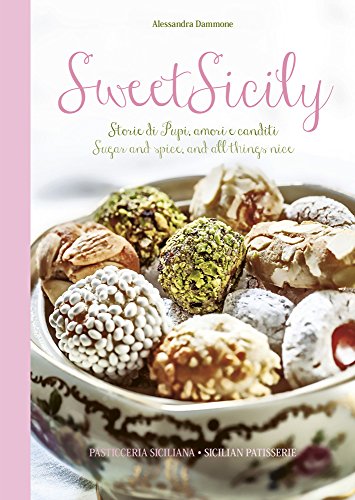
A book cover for Sweet Sicily: Sugar and Spice, and All Things Nice; Cookbooks, Food & Wine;